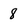
Character: 8